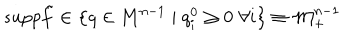
LaTeX: s u p p \tilde { f } \in \left\{ q \in \mathbf { M } ^ { n - 1 } \mid q _ { i } ^ { 0 } \geq 0 \, \, \forall i \right\} \equiv \mathcal { M } _ { + } ^ { n - 1 }